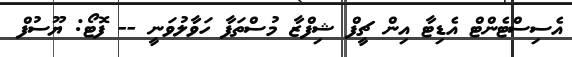
އެސިސްޓެންޓް އެޑިޓާ އިން ޗީފް ޝިފްޒާ މުސްތަފާ ހަވާލުވަނީ -- ފޮޓޯ: ޔޫސުފް